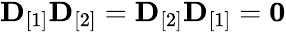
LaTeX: \begin{array}{r}{{\mathbf D}_{[1]}{\mathbf D}_{[2]}={\mathbf D}_{[2]}{\mathbf D}_{[1]}={\mathbf 0}}\end{array}